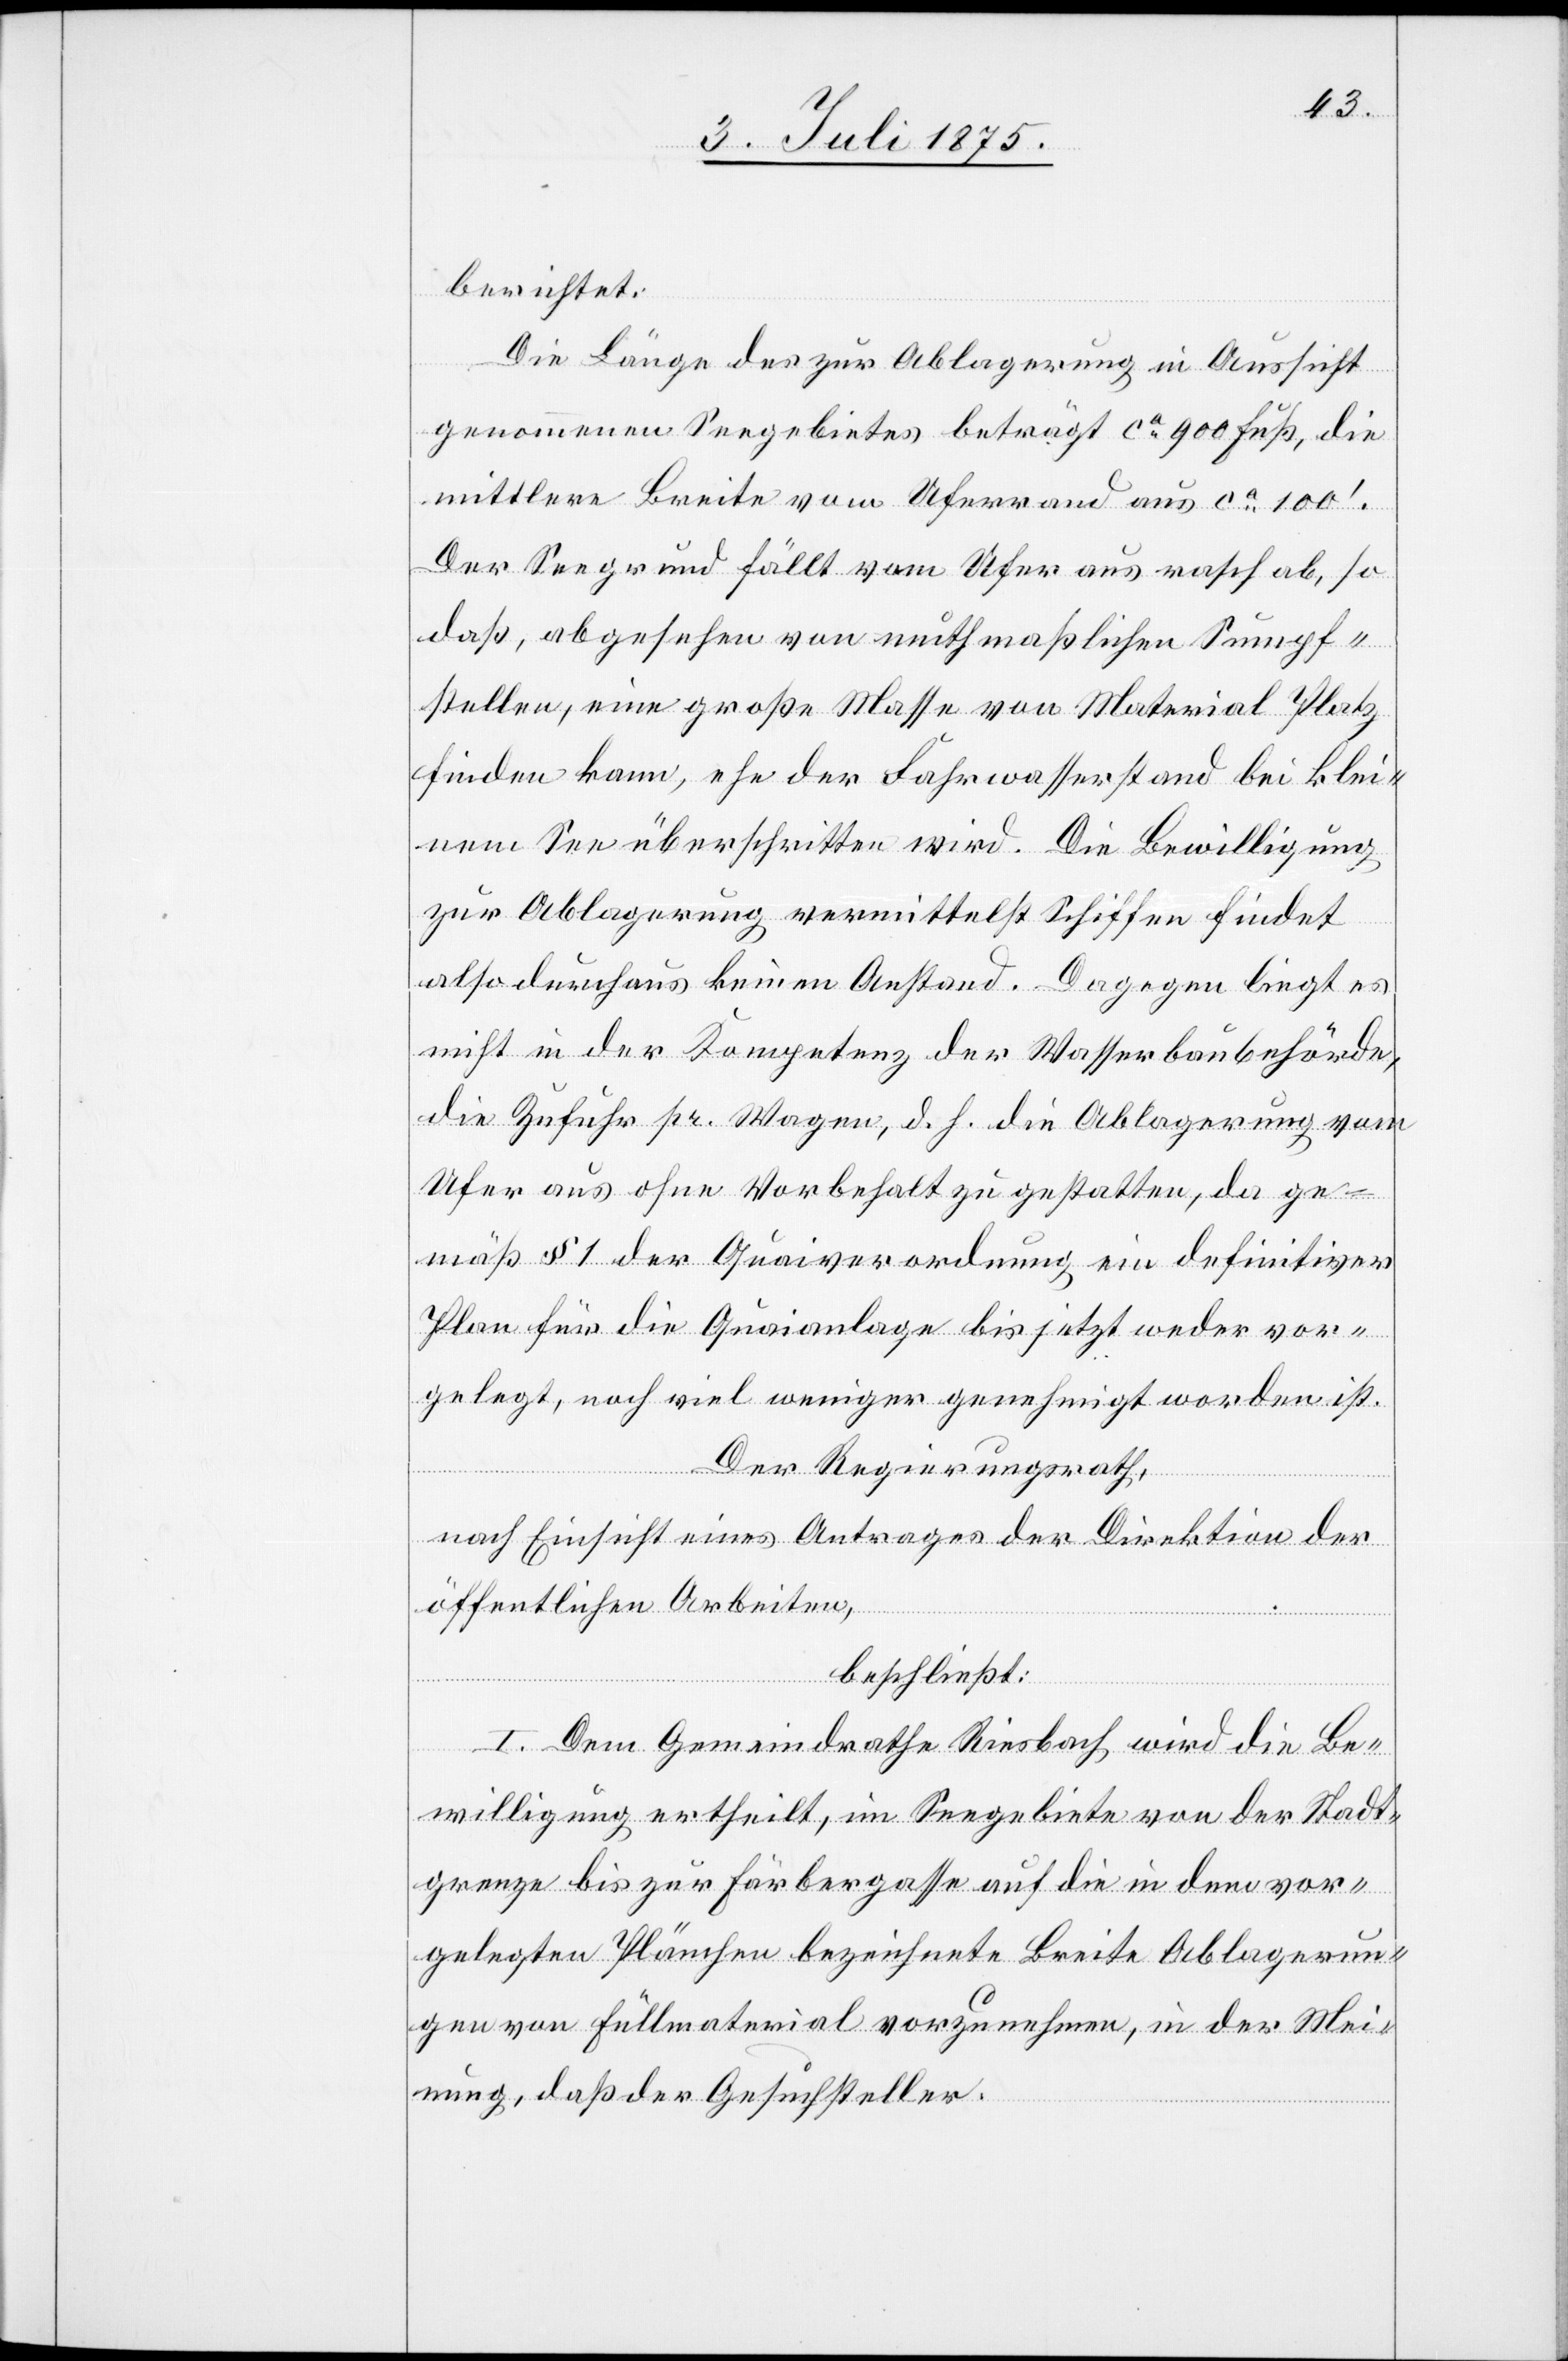
berichtet:
Die Länge des zur Ablagerung in Aussicht
genommenen Seegebietes beträgt ca 900 Fuß, die
mittlere Breite vom Uferrand aus ca 100‘.
Der Seegrund fällt vom Ufer aus rasch ab, so
daß, abgesehen von muthmaßlichen Sumpf¬
stellen, eine große Masse von Material Platz
finden kann, ehe der Fahrwasserstand bei klei¬
nem See überschritten wird. Die Bewilligung
zur Ablagerung vermittelst Schiffen findet
also durchaus keinen Anstand. Dagegen liegt es
nicht in der Kompetenz der Wasserbaubehörde,
die Zufuhr pr. Wagen, d. h. die Ablagerung vom
Ufer aus ohne Vorbehalt zu gestatten, da ge¬
mäß § 1 der Quaiverordnung ein definitiver
Plan für die Quaianlage bis jetzt weder vor¬
gelegt, noch viel weniger genehmigt worden ist.
Der Regierungsrath,
nach Einsicht eines Antrages der Direktion der
öffentlichen Arbeiten,
beschließt:
I. Dem Gemeindrathe Riesbach wird die Be¬
willigung ertheilt, im Seegebiete von der Stadt¬
grenze bis zur Färbergasse auf die in dem vor¬
gelegten Plänchen bezeichnete Breite Ablagerun¬
gen von Füllmaterial vorzunehmen, in der Mei¬
nung, daß der Gesuchsteller,